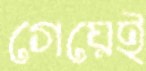
গেয়েই